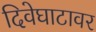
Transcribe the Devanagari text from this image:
दिवेघाटावर